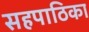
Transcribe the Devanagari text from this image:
सहपाठिका